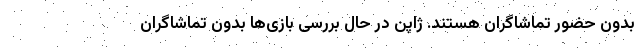
بدون حضور تماشاگران هستند. ژاپن در حال بررسی بازی‌ها بدون تماشاگران